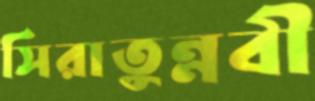
সিরাতুন্নবী